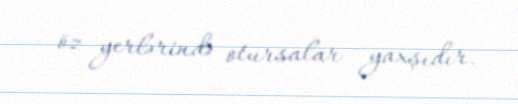
öz yerlərində otursalar yaxşıdır.